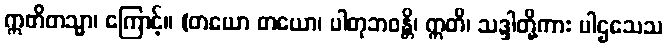
ဣတိတသ္မာ၊ ကြောင့်။ (တယော တယော၊ ပါတုဘဝန္တိ၊ ဣတိ၊ သဒ္ဒါတို့ကား ပါဌသေသ